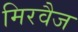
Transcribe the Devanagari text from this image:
मिरवैज